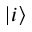
| i \rangle